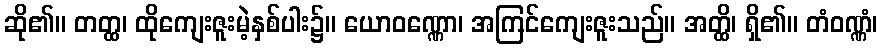
ဆို၏။ တတ္ထ၊ ထိုကျေးဇူးမဲ့နှစ်ပါး၌။ ယောဝဏ္ဏော၊ အကြင်ကျေးဇူးသည်။ အတ္ထိ၊ ရှိ၏။ တံဝဏ္ဏံ၊